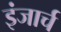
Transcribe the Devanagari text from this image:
इंजार्च